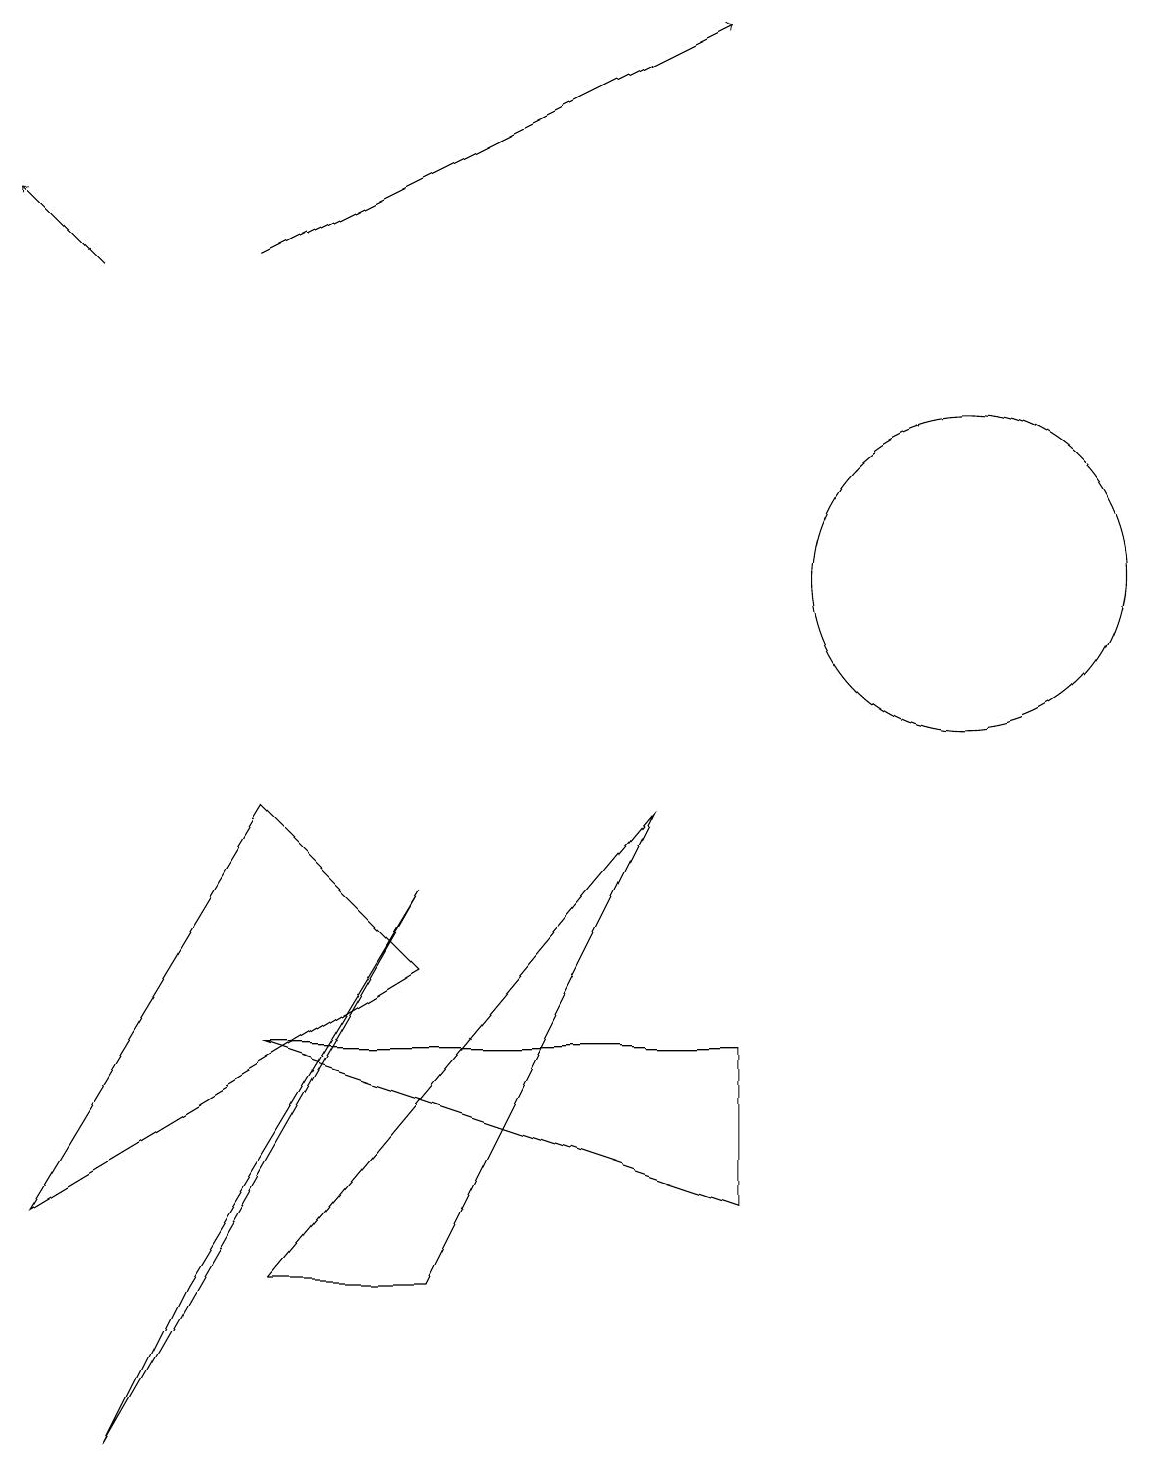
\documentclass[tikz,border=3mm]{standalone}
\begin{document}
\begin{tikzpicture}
\draw (5,8) -- (2,3) -- (1,1) -- cycle;
\draw (5,3) -- (8,9) -- (3,3) -- cycle;
\draw (3,6) -- (9,4) -- (9,6) -- cycle;
\draw (12,12) circle (2);
\draw[->] (3,16) -- (9,19);
\draw (3,9) -- (5,7) -- (0,4) -- cycle;
\draw[->] (1,16) -- (0,17);
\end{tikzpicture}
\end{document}